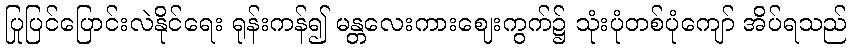
ပြုပြင်ပြောင်းလဲနိုင်ရေး ရုန်းကန်၍ မန္တလေးကားဈေးကွက်၌ သုံးပုံတစ်ပုံကျော် အိပ်ရသည်